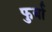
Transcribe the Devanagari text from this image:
फुर्बा